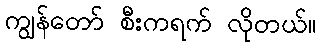
ကျွန်တော် စီးကရက် လိုတယ်။